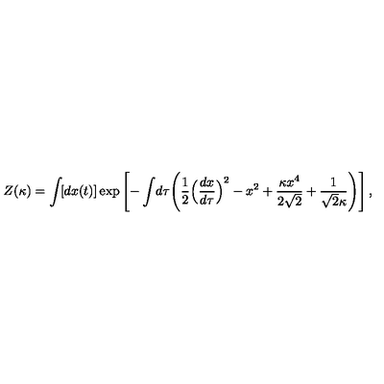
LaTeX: Z ( \kappa ) = \int \! [ d x ( t ) ] \exp \left[ - \int \! d \tau \Biggl ( { \frac { 1 } { 2 } } \Bigl ( { \frac { d x } { d \tau } } \Bigr ) ^ { 2 } - x ^ { 2 } + { \frac { \kappa x ^ { 4 } } { 2 \sqrt { 2 } } } + { \frac { 1 } { \sqrt { 2 } \kappa } } \Biggr ) \right] ,